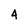
Character: 4